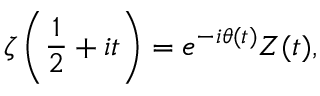
\zeta \left( { \frac { 1 } { 2 } } + i t \right) = e ^ { - i \theta ( t ) } Z ( t ) ,